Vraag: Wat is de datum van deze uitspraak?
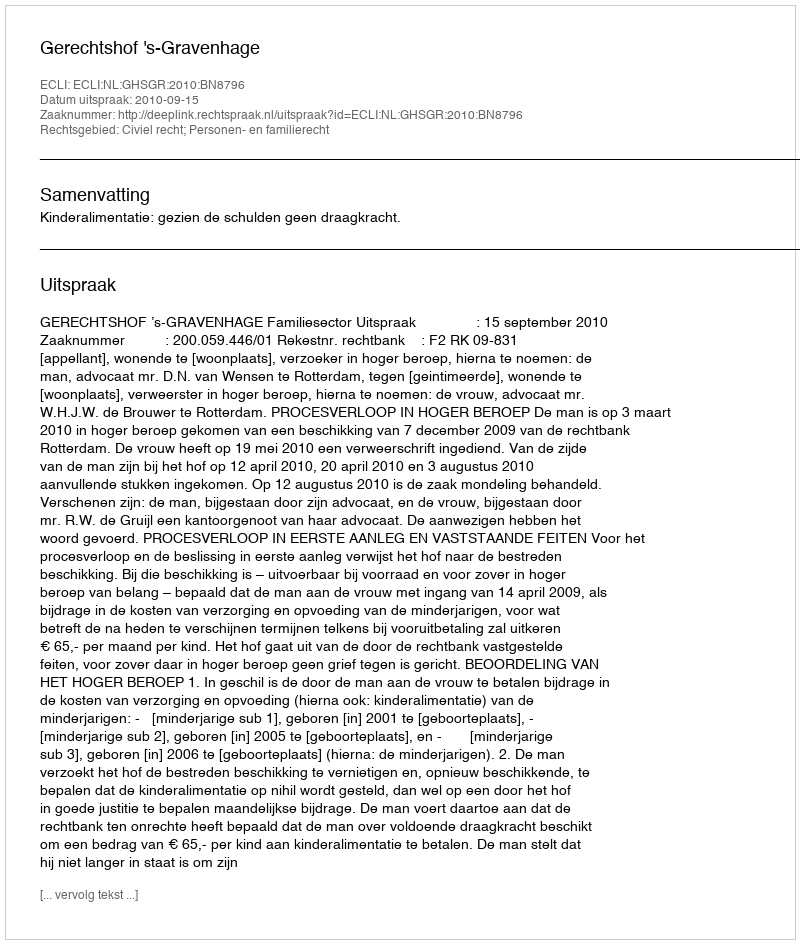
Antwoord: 2010-09-15